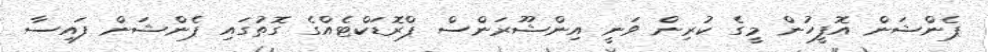
ޕެންޝަން އޮފީހުން މީގެ ކުރިން ވަނީ އިންޝޫރަންސް ޕްރޮޑަކްޓެއްގެ ގޮތުގައި ޕެންޝަން ފައިސާ